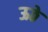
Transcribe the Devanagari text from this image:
ऊठे